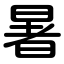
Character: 暑